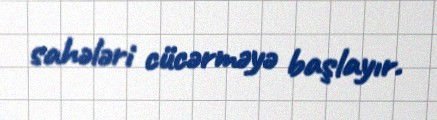
sahələri cücərməyə başlayır.